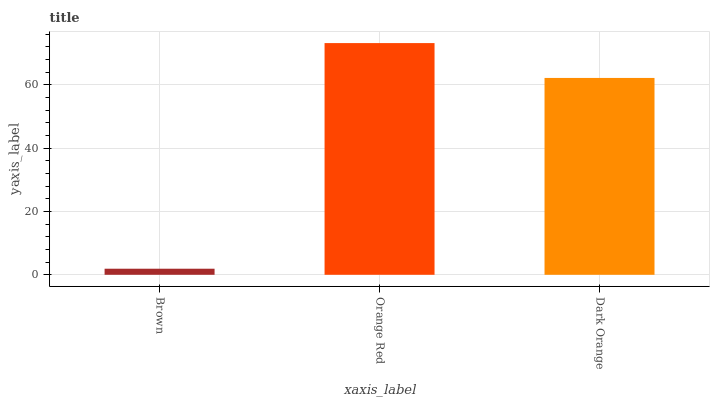
| xaxis_label | bars |
 | --- | --- |
 | Brown | 1.92 |
 | Orange Red | 73.2 |
 | Dark Orange | 62.2 |